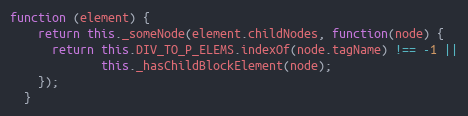
Language: JavaScript
function (element) {
    return this._someNode(element.childNodes, function(node) {
      return this.DIV_TO_P_ELEMS.indexOf(node.tagName) !== -1 ||
             this._hasChildBlockElement(node);
    });
  }